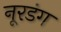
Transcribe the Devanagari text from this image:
नूरडंग